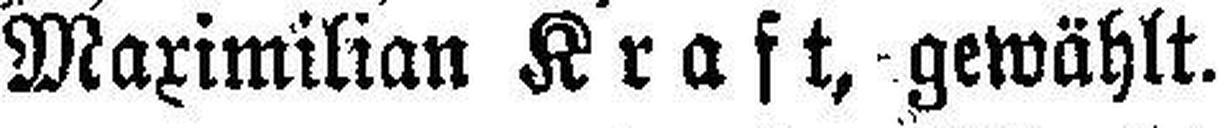
Maximilian Kraft, gewählt.